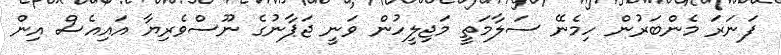
ފަަނަރަ މެންބަރުން ހިމެނޭ ސަލާމަތީ މަޖިލީހުން ވަނީ ޖަޕާނުގެ ނޫސްވެރިޔާ އައިއެސް އިން